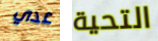
عدي التحية